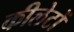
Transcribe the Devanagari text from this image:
कीलेटों